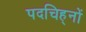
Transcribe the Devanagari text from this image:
पदचिह्‌नों